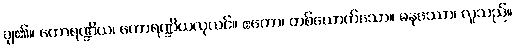
ချ၏။ ကောရဏ္ဍိယ၊ ကောရဏ္ဍိယလုလင်။ ဧကော၊ တစ်ယောက်သော။ မနုဿော၊ လူသည်။